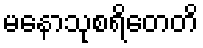
မနောသုစရိတေတိ